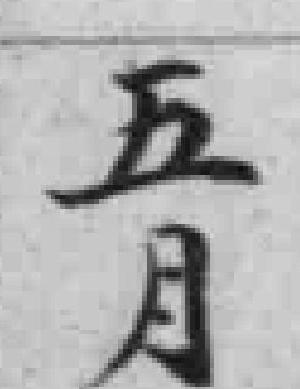
五月